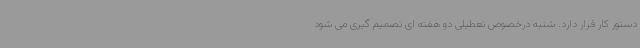
دستور کار قرار دارد. شنبه درخصوص تعطیلی دو هفته ای تصمیم گیری می شود